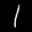
Label: 1